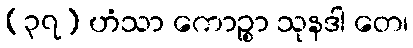
(၃၇) ဟံသာ ကောဉ္စာ သုနဒါ တေ၊